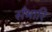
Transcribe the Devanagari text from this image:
सँभारि